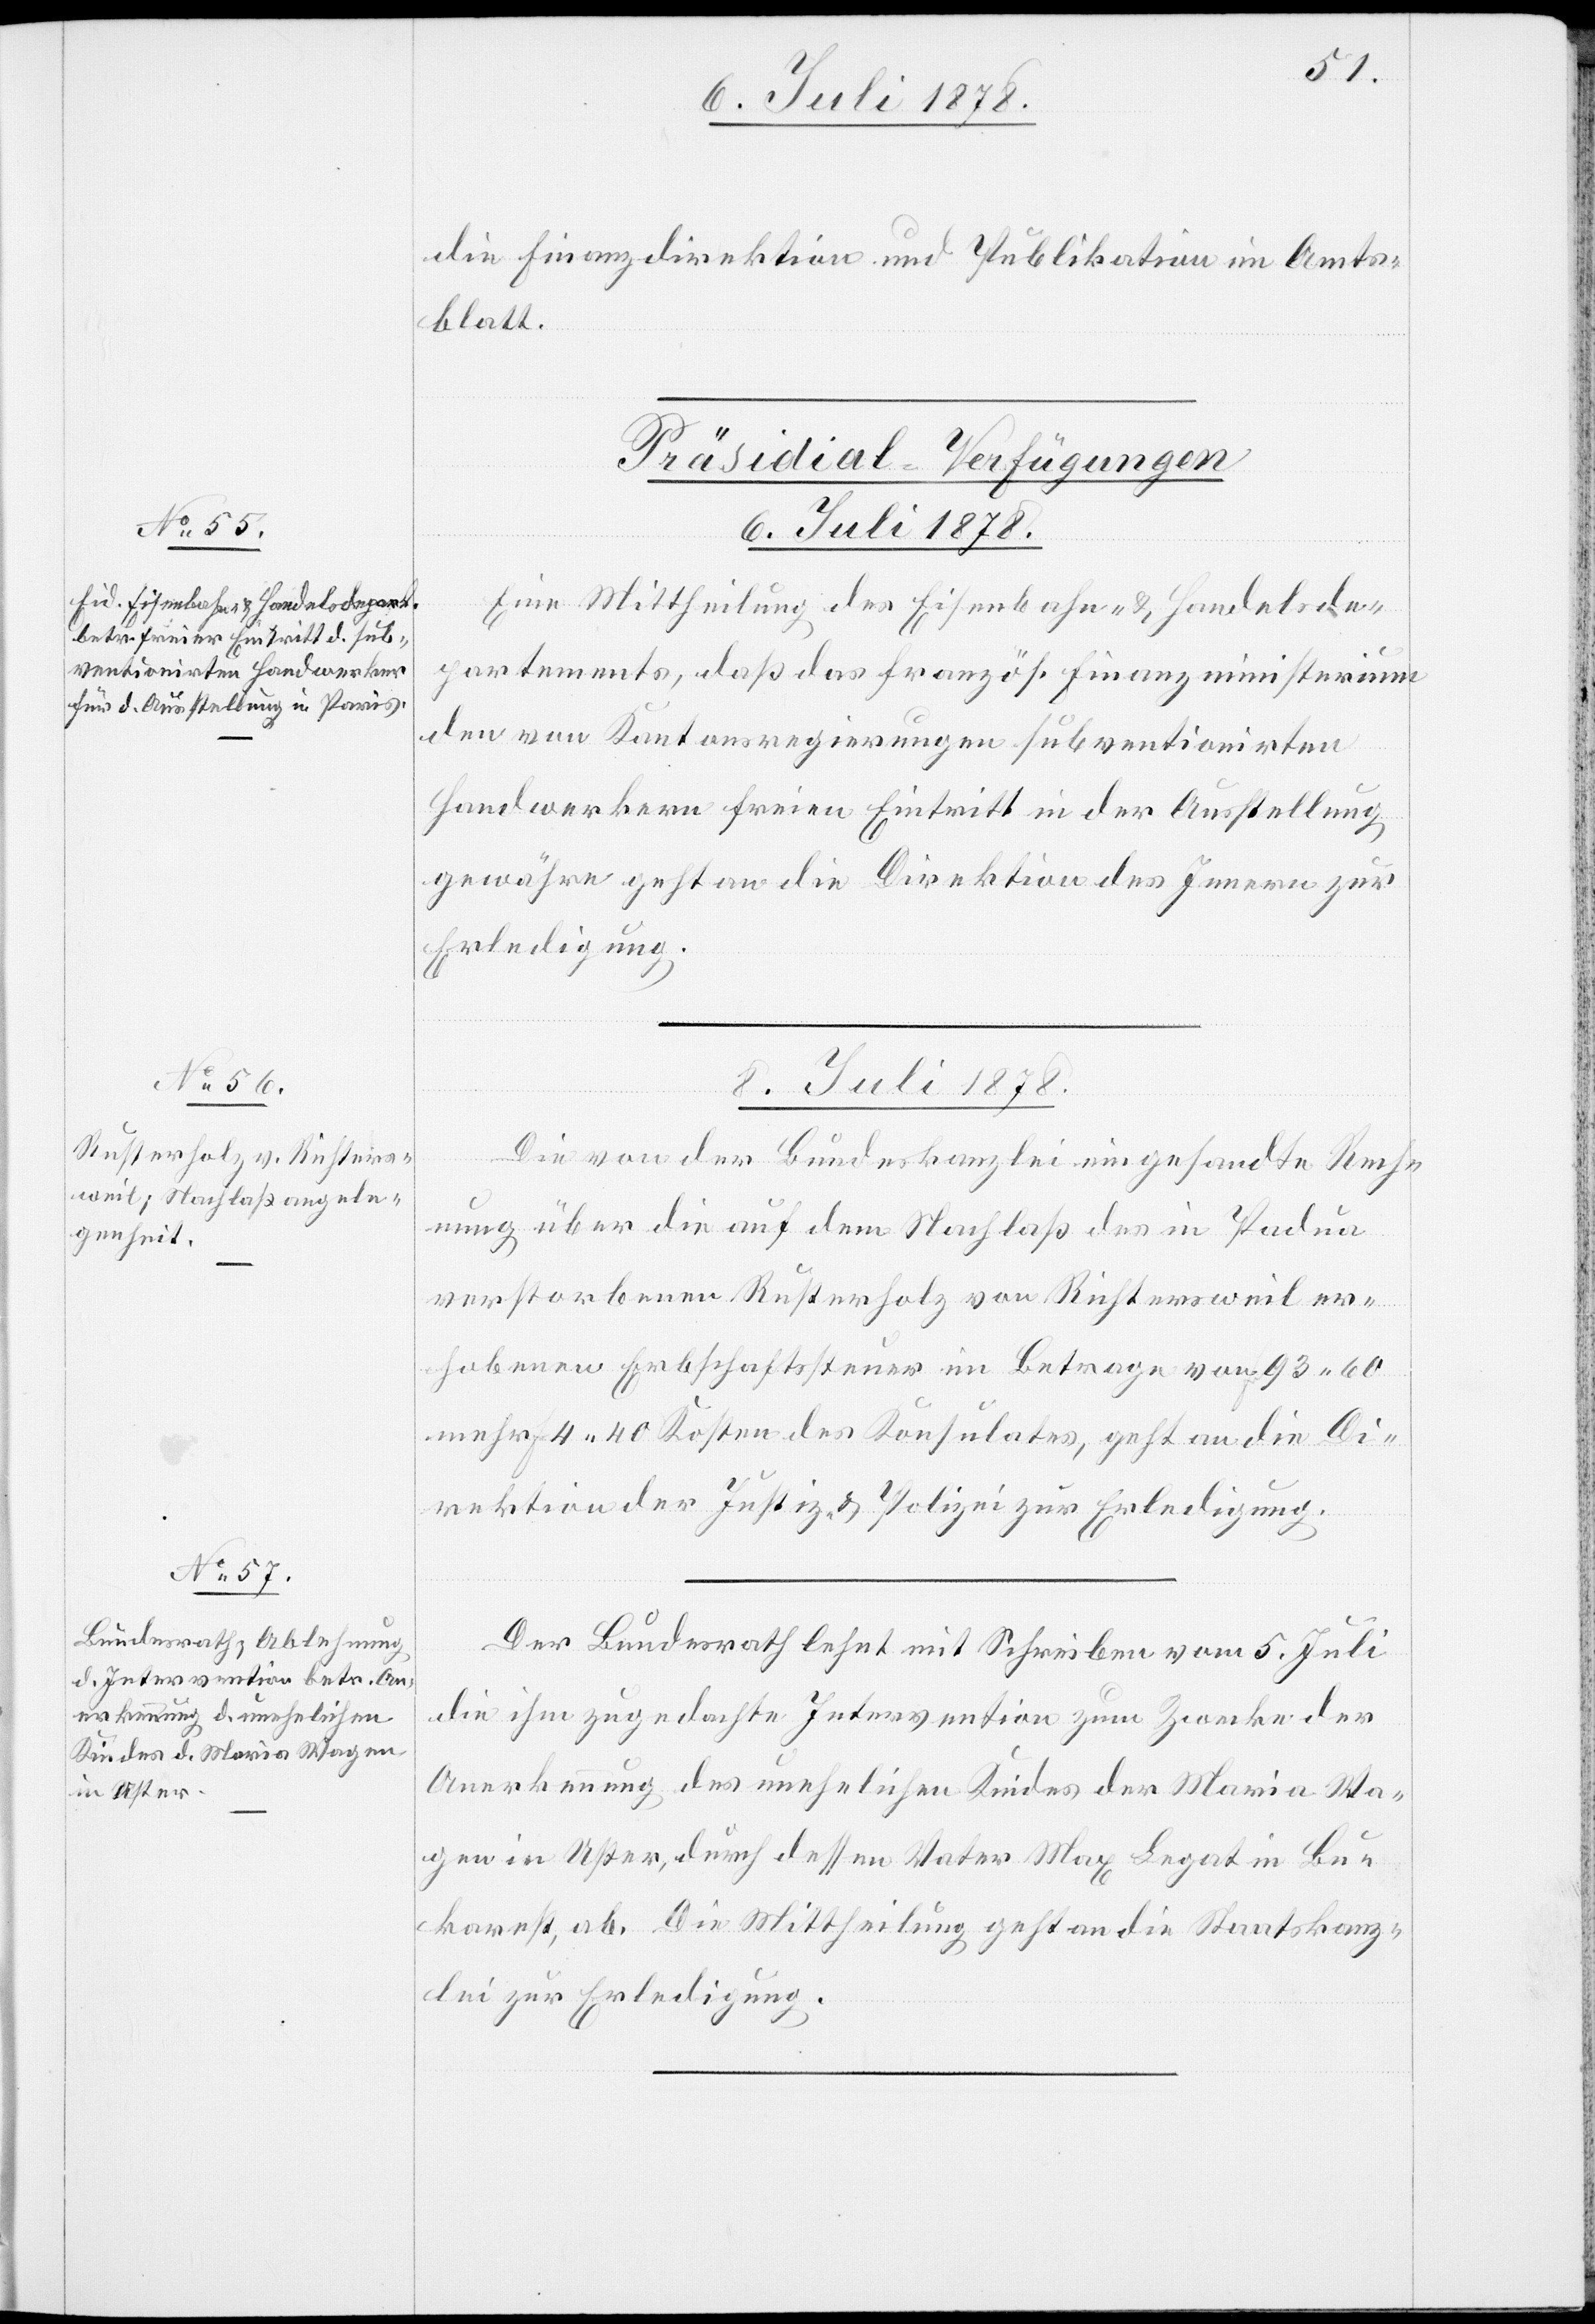
6. Juli 1878.
die Finanzdirektion und Publikation im Amts¬
blatt.
[Präsidial-Verfügungen
Eine Mittheilung des Eisenbahn- und Handelsde¬
partements, daß das französ. Finanzministerium
den von Kantonsregierungen subventionirten
Handwerkern freien Eintritt in der Ausstellung
gewähre geht an die Direktion des Innern zur
Erledigung.
8. Juli 1878.]
Die von der Bundeskanzlei eingesandte Rech¬
nung über die auf dem Nachlaß des in Padua
verstorbenen Rusterholz von Richtersweil er¬
hobene Erbschaftssteuer im Betrage von 93 60
mehr Fr. 4 40 Kosten des Konsulates, geht an die Di¬
rektion der Justiz & Polizei zur Erledigung.
Der Bundesrath lehnt mit Schreiben vom 5. Juli
die ihm zugedachte Intervention zum Zwecke der
Anerkennung des unehelichen Kindes der Maria Wa¬
gen in Uster, durch dessen Vater Max Legat in Bu¬
karest, ab. Die Mittheilung geht an die Staatskanz¬
lei zur Erledigung.